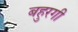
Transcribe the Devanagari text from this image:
बहुरगी